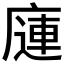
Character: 𰏿